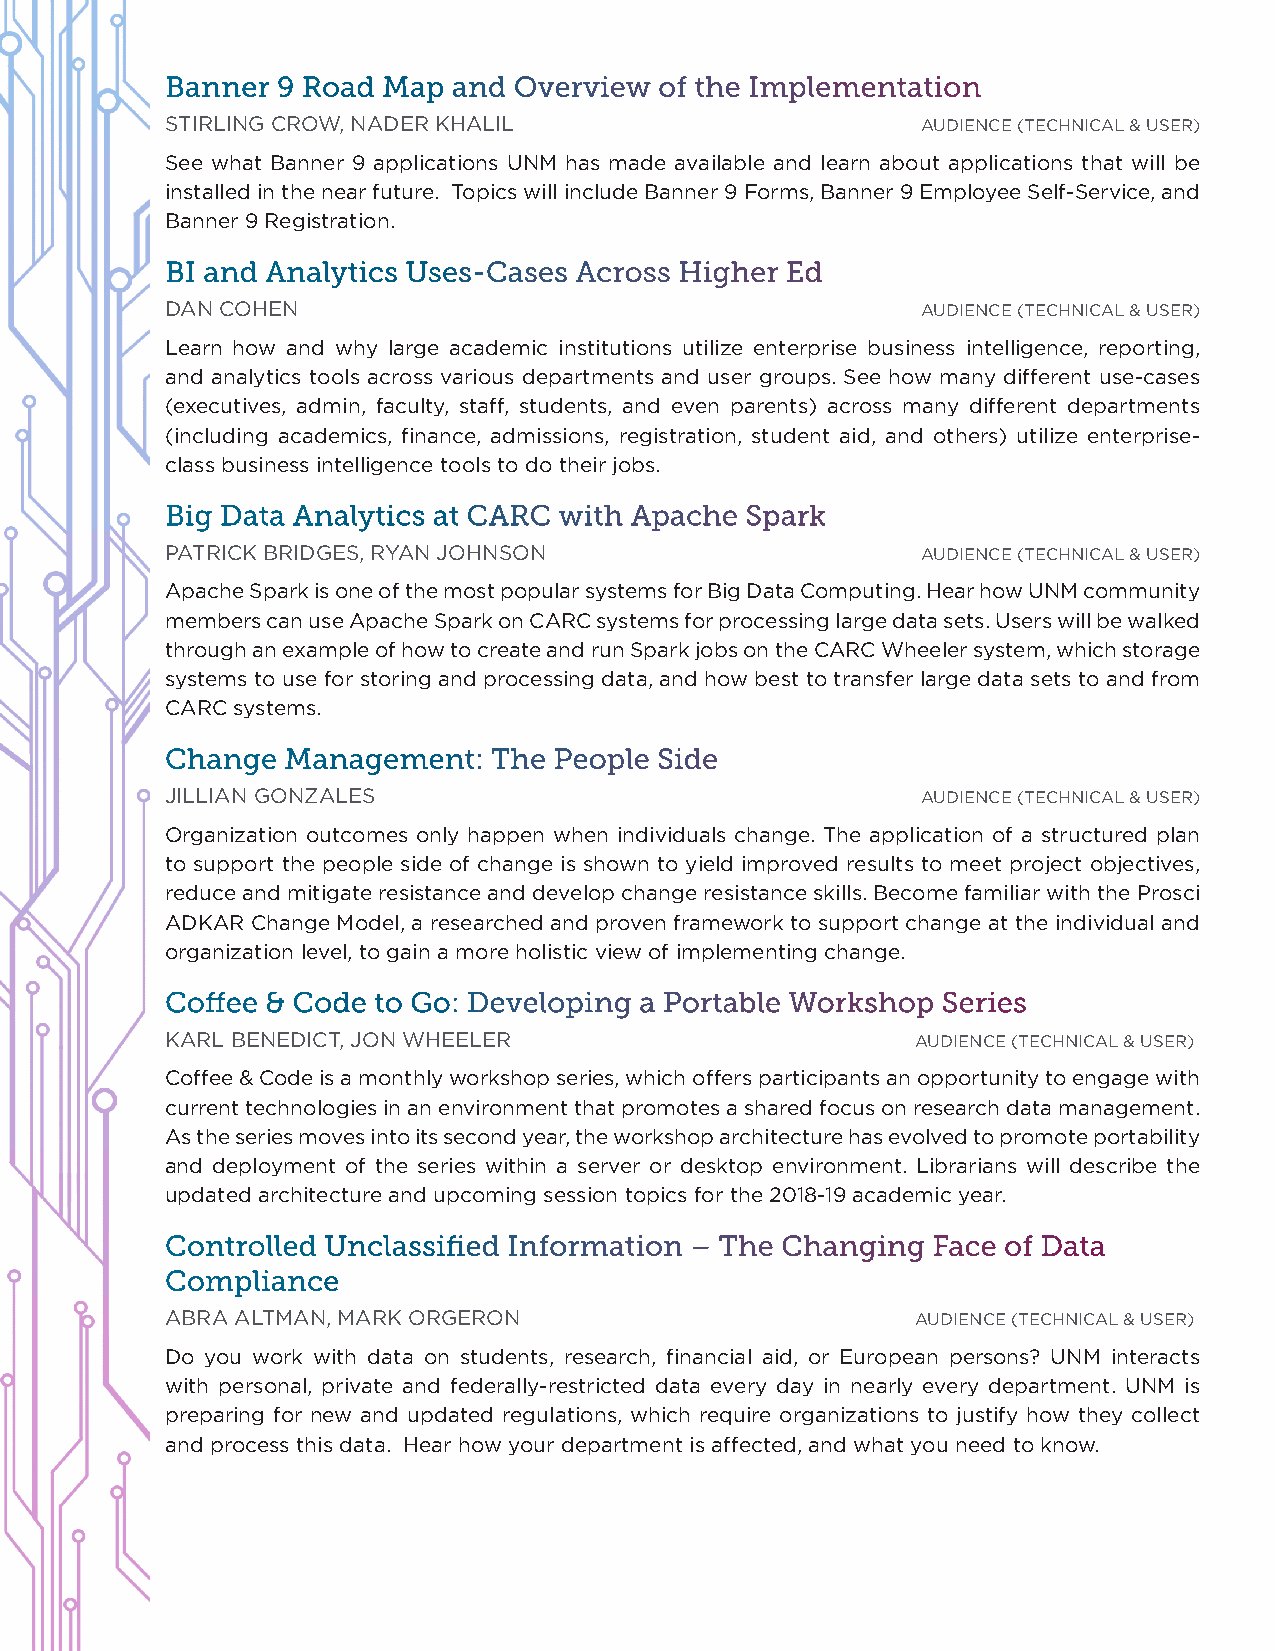
Banner 9 Road Map  and Overview  of the Implementation
 STIRLING CROW, NADER KHALIL                       AUDIENCE (TECHNICAL & USER)
 See what Banner 9 applications UNM has made available and learn about applications that will be
 installed in the near future. Topics will include Banner 9 Forms, Banner 9 Employee Self-Service, and
 Banner 9 Registration.
 BI and Analytics Uses-Cases Across Higher Ed
 DAN COHEN                                         AUDIENCE (TECHNICAL & USER)
 Learn how and why large academic institutions utilize enterprise business intelligence, reporting,
 and analytics tools across various departments and user groups. See how many different use-cases
 (executives, admin, faculty, staff, students, and even parents) across many different departments
 (including academics, finance, admissions, registration, student aid, and others) utilize enterprise-
 class business intelligence tools to do their jobs.
 Big Data Analytics at CARC with Apache Spark
 PATRICK BRIDGES, RYAN JOHNSON                     AUDIENCE (TECHNICAL & USER)
 Apache Spark is one of the most popular systems for Big Data Computing. Hear how UNM community
 members can use Apache Spark on CARC systems for processing large data sets. Users will be walked
 through an example of how to create and run Spark jobs on the CARC Wheeler system, which storage
 systems to use for storing and processing data, and how best to transfer large data sets to and from
 CARC systems.
 Change  Management:   The People Side
 JILLIAN GONZALES                                  AUDIENCE (TECHNICAL & USER)
 Organization outcomes only happen when individuals change. The application of a structured plan
 to support the people side of change is shown to yield improved results to meet project objectives,
 reduce and mitigate resistance and develop change resistance skills. Become familiar with the Prosci
 ADKAR Change Model, a researched and proven framework to support change at the individual and
 organization level, to gain a more holistic view of implementing change.
 Coffee & Code to Go: Developing a Portable Workshop Series
 KARL BENEDICT, JON WHEELER                        AUDIENCE (TECHNICAL & USER)
 Coffee & Code is a monthly workshop series, which offers participants an opportunity to engage with
 current technologies in an environment that promotes a shared focus on research data management.
 As the series moves into its second year, the workshop architecture has evolved to promote portability
 and deployment of the series within a server or desktop environment. Librarians will describe the
 updated architecture and upcoming session topics for the 2018-19 academic year.
 Controlled Unclassified Information – The Changing Face of Data
 Compliance
 ABRA ALTMAN, MARK ORGERON                         AUDIENCE (TECHNICAL & USER)
 Do you work with data on students, research, financial aid, or European persons? UNM interacts
 with personal, private and federally-restricted data every day in nearly every department. UNM is
 preparing for new and updated regulations, which require organizations to justify how they collect
 and process this data. Hear how your department is affected, and what you need to know.